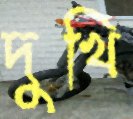
দুখি